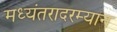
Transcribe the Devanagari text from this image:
मध्यंतरादरम्यान